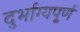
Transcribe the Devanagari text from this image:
दुर्भाग्यपू्‌र्ण